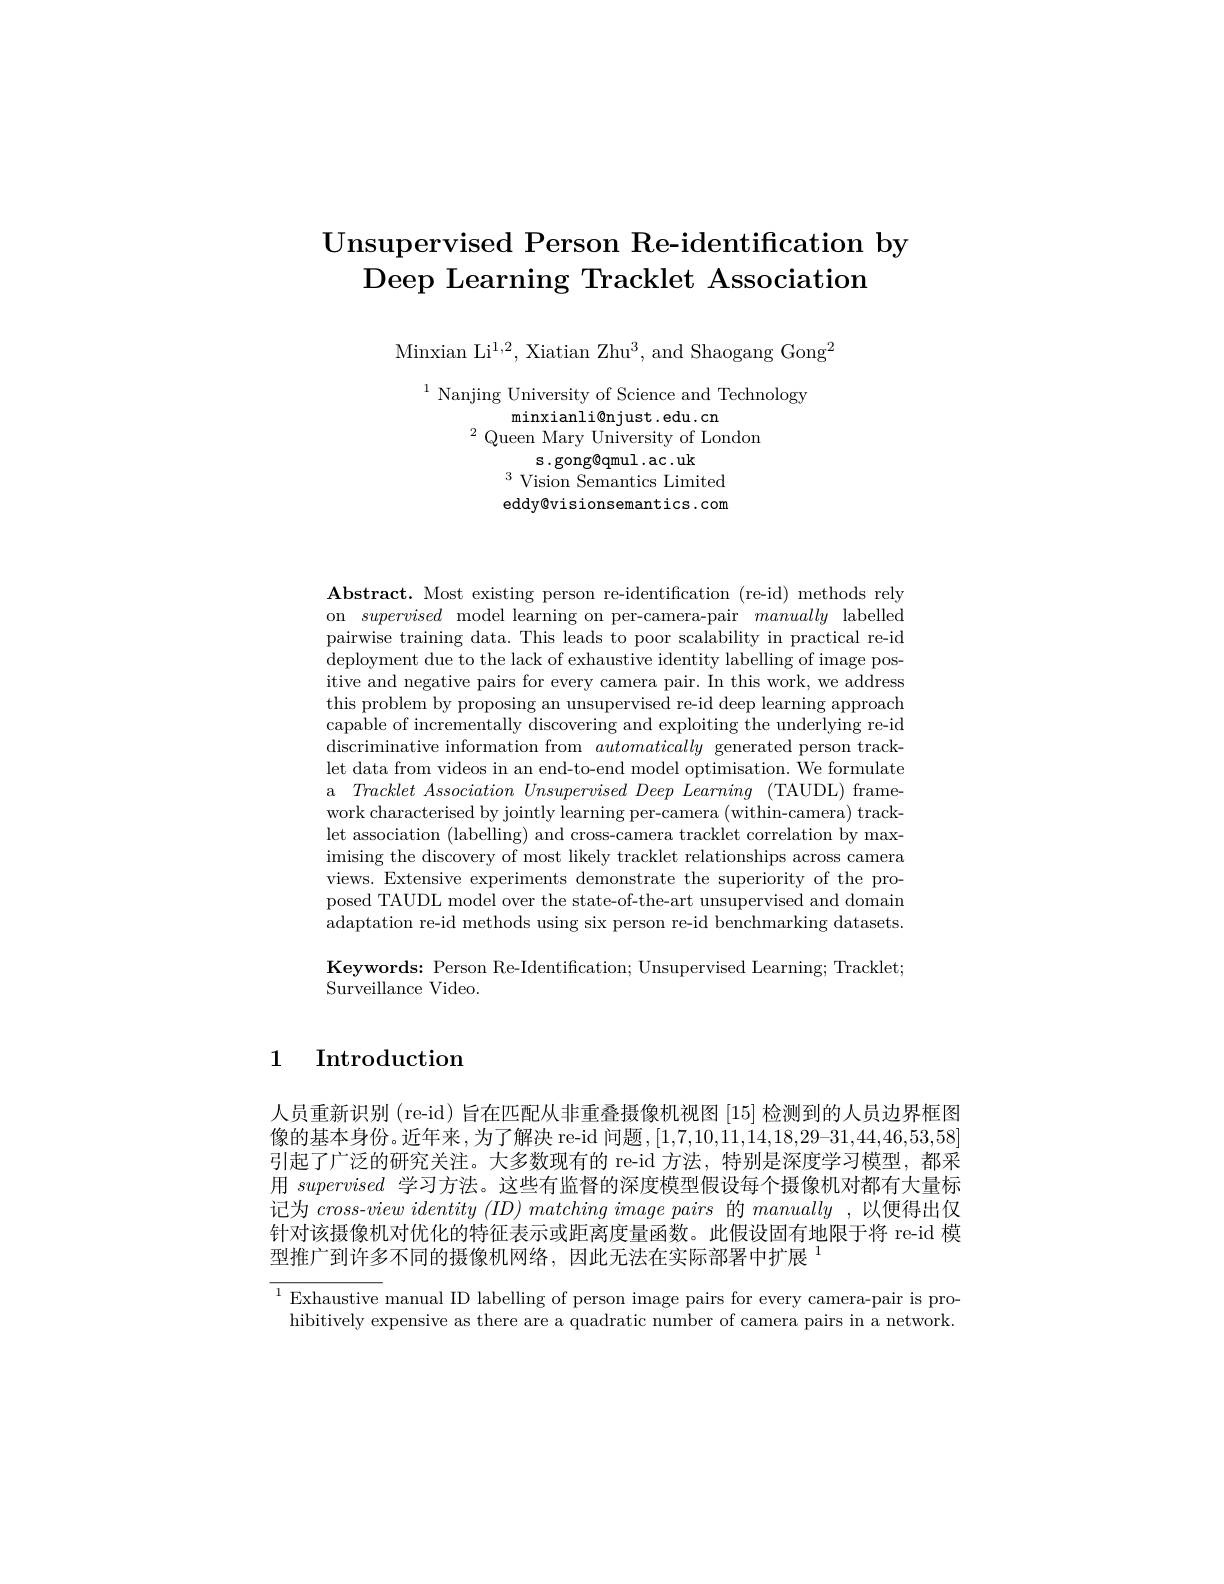
# Unsupervised Person Re-identification by Deep Learning Tracklet Association

Minxian Li$^1,2$, Xiatian Zhu$^3$, and Shaogang Gong$^2$

$^{1}$ Nanjing University of Science and Technology
minxianli@ njust. edu. cn
$^{2}$Queen Mary University of London
s.gong@qmul.ac.uk
$^{3}$Vision Semantics Limited eddy@visionsemantics.com

$\mathbf{Abstract.~Most~existing~person~re-identification~(re-id)~methods~rely}$ on supervised model learning on per-camera-pair manually labelled pairwise training data. This leads to poor scalability in practical re-id deployment due to the lack of exhaustive identity labelling of image positive and negative pairs for every camera pair. In this work, we address this problem by proposing an unsupervised re-id deep learning approach capable of incrementally discovering and exploiting the underlying re-id discriminative information from automatically generated person tracklet data from videos in an end-to-end model optimisation. We formulate a TrackletAssociationUnsupervisedDeepLearming (TAUDL)framework characterised by jointly learning per-camera (within-camera) tracklet association (labelling) and cross-camera tracklet correlation by maximising the discovery of most likely tracklet relationships across camera views. Extensive experiments demonstrate the superiority of the proposed TAUDL model over the state-of-the-art unsupervised and domain adaptation re-id methods using six person re-id benchmarking datasets. Keywords: Person Re-Identification; Unsupervised Learning; Tracklet; Surveillance Video.

1 Introduction

人员重新识别(re-id)旨在匹配从非重叠摄像机视图[15]检测到的人员边界框图像的基本身份。近年来，为了解决 re-id 问题$,[1,7,10,11,14,18,29–31,44,46,53,58]$ 引起了广泛的研究关注。大多数现有的 re-id 方法，特别是深度学习模型，都采用supervised学习方法。这些有监督的深度模型假设每个摄像机对都有大量标记为cross-view identity (ID) matching image pairs 的manually ,以便得出仅针对该摄像机对优化的特征表示或距离度量函数。此假设固有地限于将 re-id 模型推广到许多不同的摄像机网络，因此无法在实际部署中扩展$^{1}$

$^{1}$Exhaustive manual ID labelling of person image pairs for every camera-pair is pro-
hibitively expensive as there are a quadratic number of camera pairs in a network.